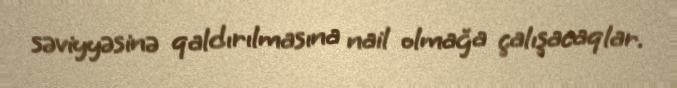
səviyyəsinə qaldırılmasına nail olmağa çalışacaqlar.